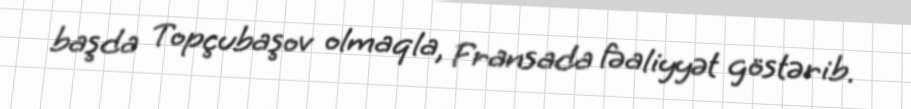
başda Topçubaşov olmaqla, Fransada fəaliyyət göstərib.